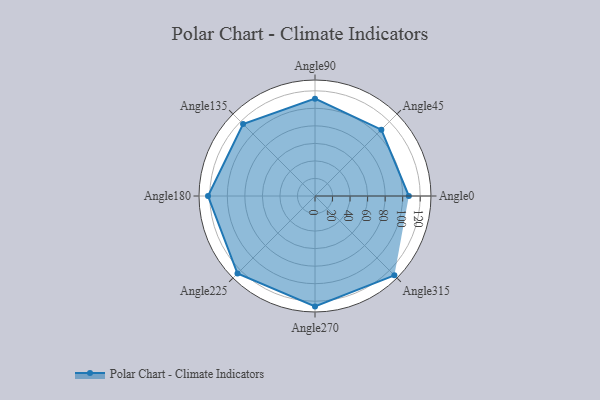
{"axis": {"x": "Angle", "y": "Radius"}, "legend": [""], "data": [{"x": "Angle0", "y": 107.0, "type": ""}, {"x": "Angle45", "y": 107.0, "type": ""}, {"x": "Angle90", "y": 111.0, "type": ""}, {"x": "Angle135", "y": 116.0, "type": ""}, {"x": "Angle180", "y": 122.0, "type": ""}, {"x": "Angle225", "y": 125.0, "type": ""}, {"x": "Angle270", "y": 126.0, "type": ""}, {"x": "Angle315", "y": 128.0, "type": ""}]}